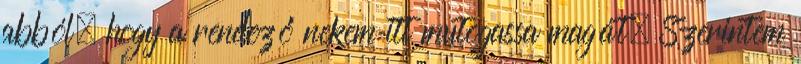
abból, hogy a rendező nekem itt mutogassa magát. Szerintem